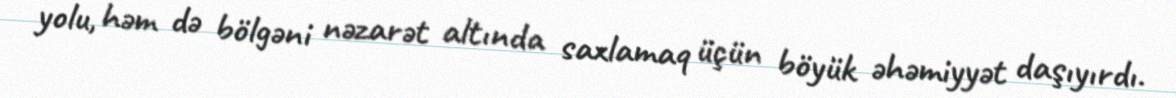
yolu, həm də bölgəni nəzarət altında saxlamaq üçün böyük əhəmiyyət daşıyırdı.